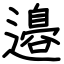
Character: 邉